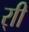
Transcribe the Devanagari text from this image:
र्‍ाी